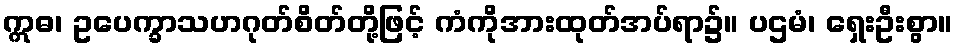
ဣဓ၊ ဥပေက္ခာသဟဂုတ်စိတ်တို့ဖြင့် ကံကိုအားထုတ်အပ်ရာ၌။ ပဌမံ၊ ရှေးဦးစွာ။